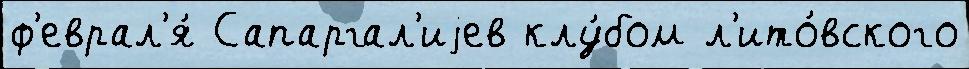
ф'еврал'я́ Сапаргал'иjев клу́бом л'ито́вского